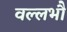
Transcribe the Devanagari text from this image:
वल्लभौ